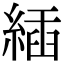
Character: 𦂉